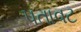
પતાવટ